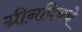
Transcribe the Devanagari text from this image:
ग्रीनविचचे